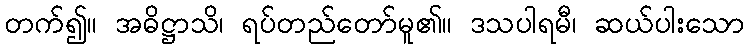
တက်၍။ အဓိဋ္ဌာသိ၊ ရပ်တည်တော်မူ၏။ ဒသပါရမီ၊ ဆယ်ပါးသော